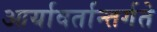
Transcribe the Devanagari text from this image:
आर्यावर्तान्तर्गते